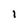
Character: l